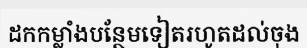
ដកកម្លាំងបន្ថែមទៀតរហូតដល់ចុង